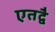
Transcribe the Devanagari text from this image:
एतद्वै